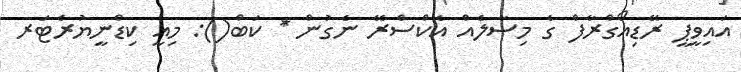
އައިވީޕީ ރޭޑިއޯގްރާފް ގެ މިސާލެއް އެކްސްރޭ ނެގުން * ކަބް(): މިއީ ކިޑްނީޔުރެޓަރ